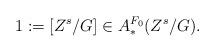
LaTeX: \begin{align*}1:=[Z^s/G]\in A_*^{F_0}(Z^s/G).\end{align*}